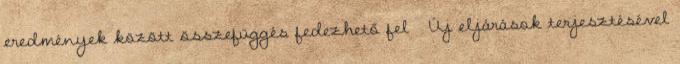
eredmények között összefüggés fedezhető fel  Új eljárások terjesztésével